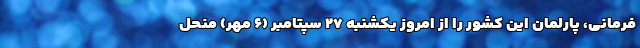
فرمانی،‌ پارلمان این کشور را از امروز یکشنبه ۲۷ سپتامبر (۶ مهر) منحل